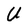
Character: U